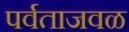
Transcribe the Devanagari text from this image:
पर्वताजवळ